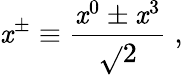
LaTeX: \mathit{x}^{\pm}\equiv{\frac{{\mathit{x}^{0}\pm\mathit{x}^{3}}}{{\sqrt{}{{2}}}}}\; ,